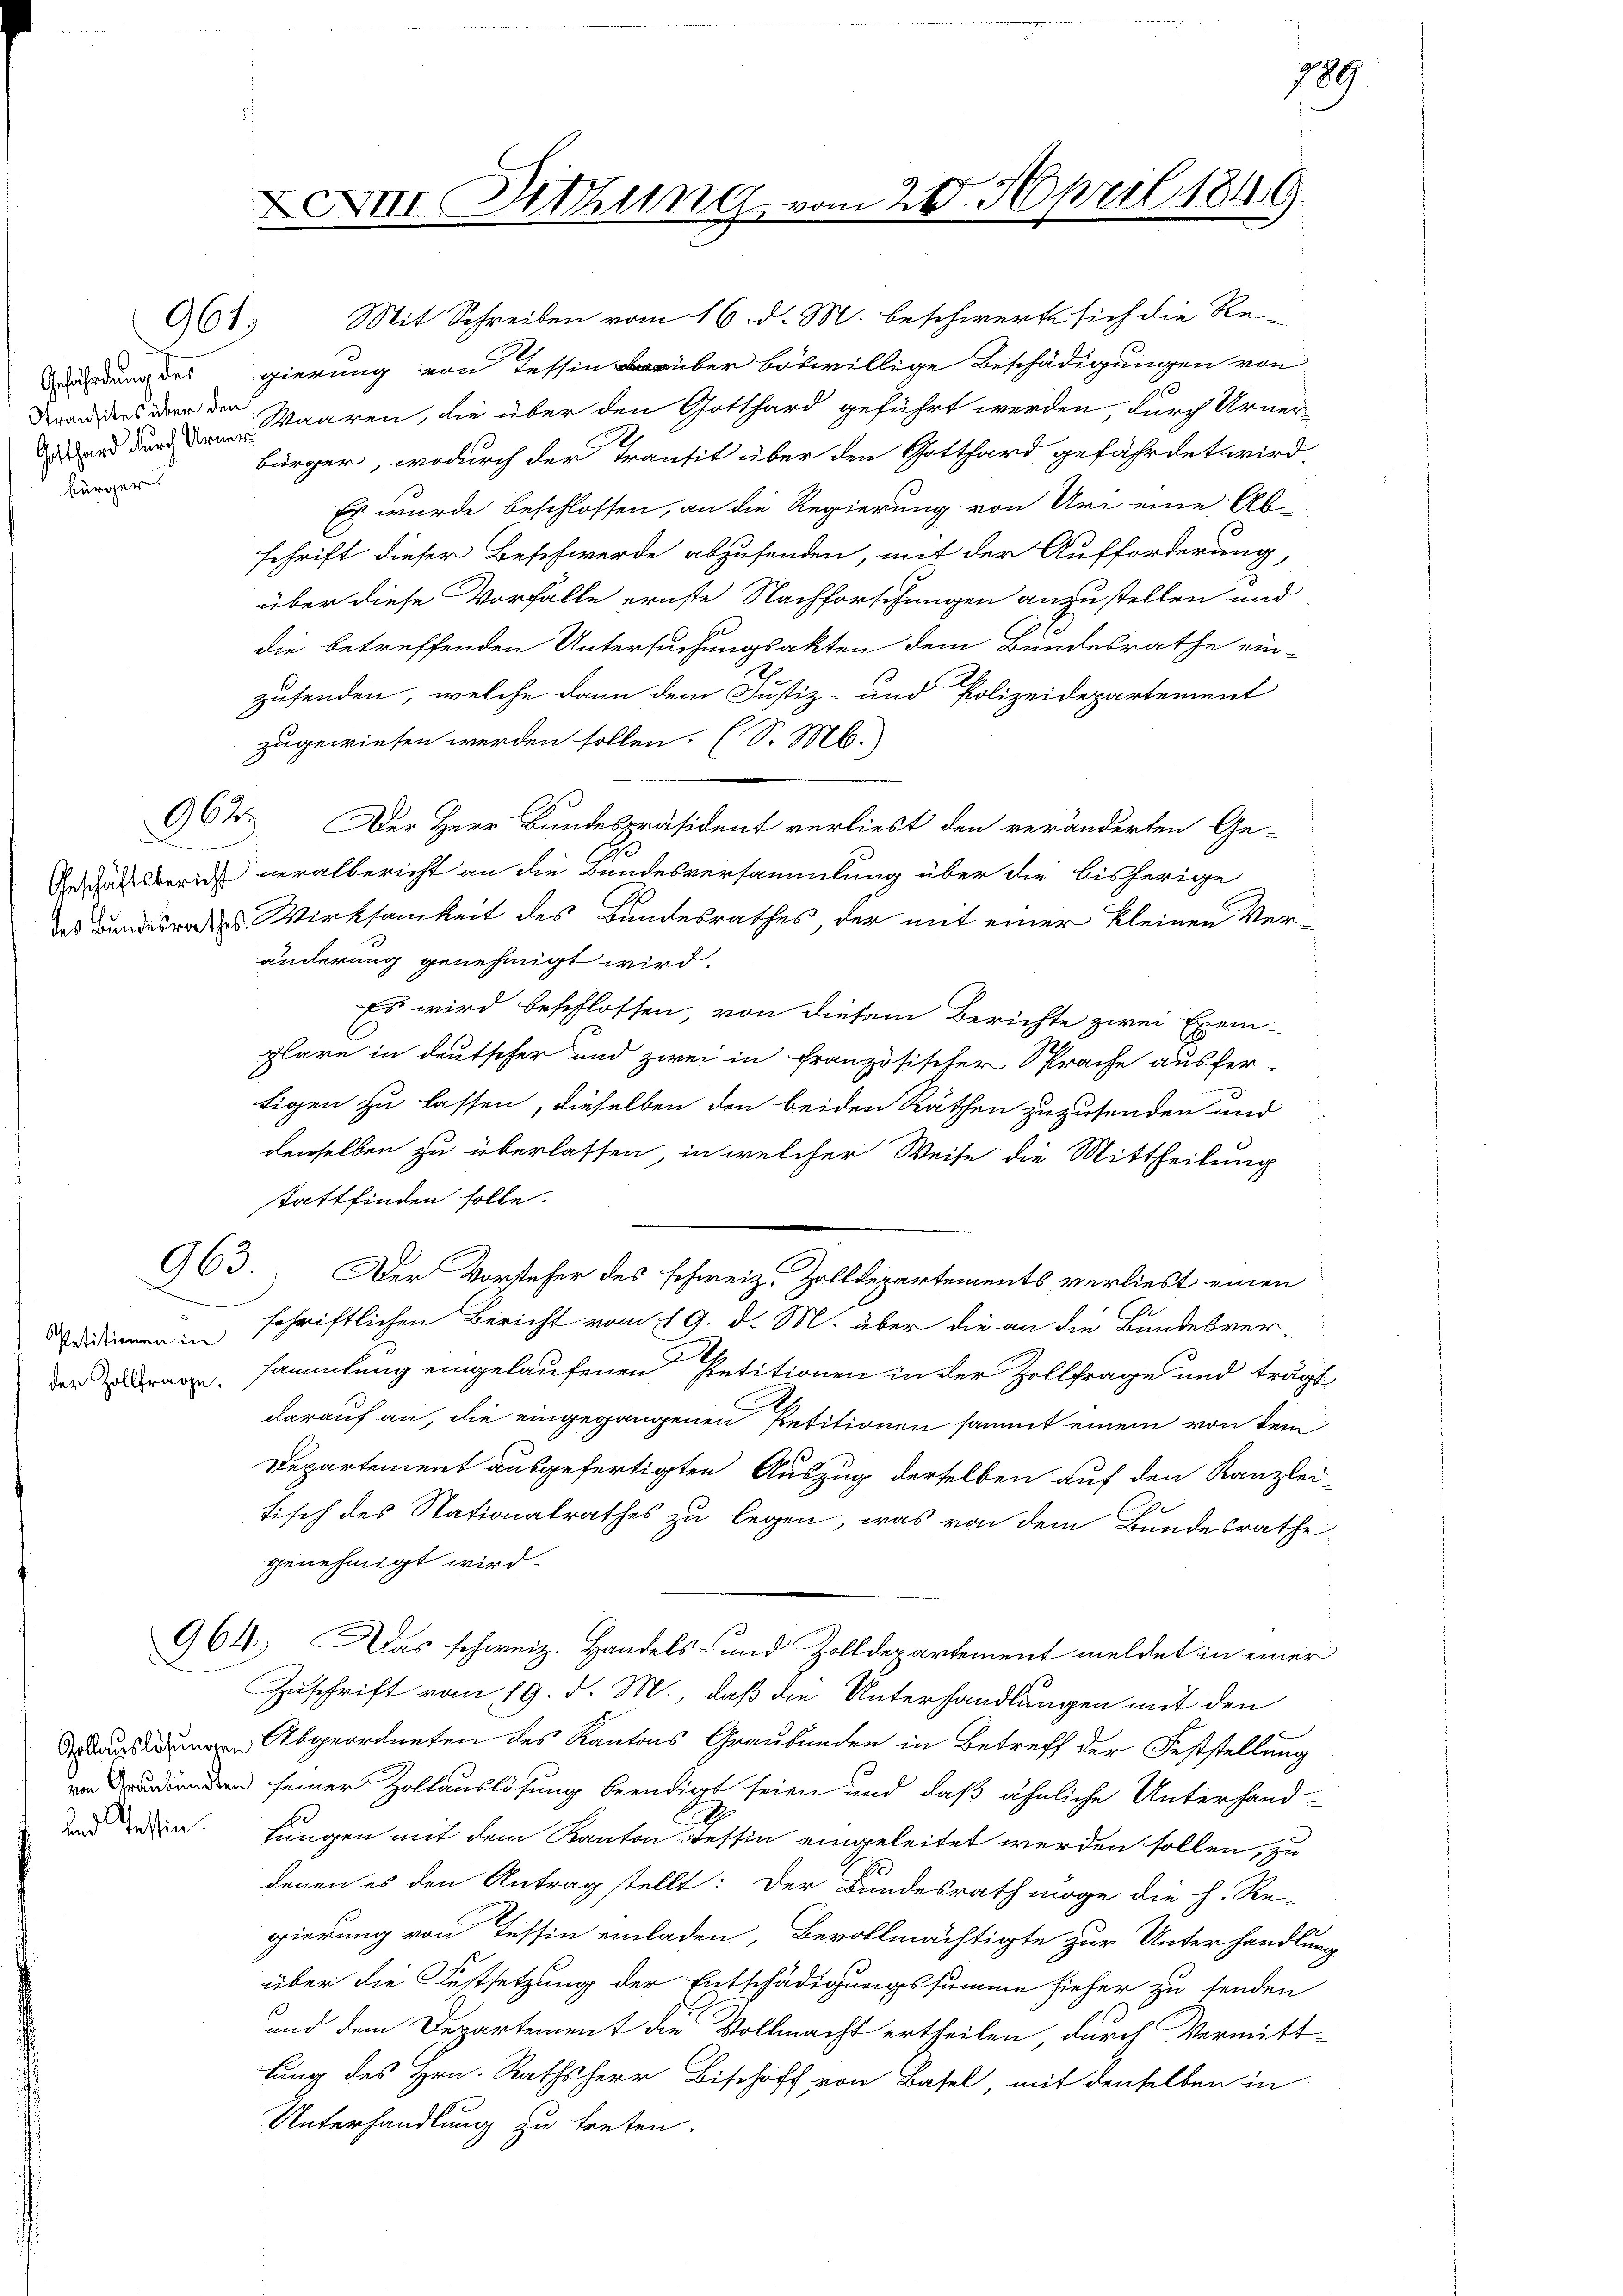
Atransites über den
bürger.

961.

PPetitionen in

Mit Schreiben vom 16. d. M. beschwerte sich die Reedung des gierung von Tessin darüber böswillige Beschädigungen von
Waaren, die über den Gotthard geführt werden, durch Urner-
bürger, wodurch der Transit über den Gotthard gefährdet wird.
Es wurde beschlossen, an die Regierung von Uri eine Ab-
schrift dieser Beschwerde abzusenden, mit der Aufforderung,
über diese Vorfalle ernste Nachforschungen anzustellen und
2
die betreffenden Untersuchungsakten dem Bundesrathe ein-
zusenden, welche dann dem Justiz- und Polizeidepartement
zugewiesen werden sollen. (S. M.
962. Der Herr Bundespräsident verliest den veränderten Ge-
Geschäftsbericht neralbericht an die Bundesversammlung über die bisherige
das Bundesredes Wirksamkeit des Bandesrathes, der mit einer kleinen Veränderung genehmigt wird.
Es wird beschlossen, von diesem Berichte zwei Exem-
plare in deutscher und zwei in französischer Sprache ausfer-
tigen zu lassen, dieselben den beiden Räthen zuzusenden und
denselben zu überlassen, in welcher Weise die Mittheilung
stattfinden solle.
963.
Der Vorsteher des schweiz. Zolldepartements verliest einen
schriftlichen Bericht vom 19. d. M. über die an die Bundesverersammlung eingelaufenen Petitionen in der Zollfrage und träg
darauf an, die eingegangenen Petitionen sammt einem von dem
Departement ausgefertigten Auszug derselben auf den Kanzlei
tisch des Nationalrathes zu legen, was von dem Bundesrathe
genehmigt wird.
964. Das schweiz. Handels- und Zolldepartement meldet in einer
Zuschrift vom 19. d. M., daß die Unterhandlungen mit den
 Abgeordneten des Kantons Graubünden in Betreff der Feststellung
von Bundenden seiner Zollauslösung beendigt seien und daß ähnliche Unterhandbe
dan ein Lungen mit dem Kanton Tessin eingeleitet werden sollen, zu
denen es den Antrag stellt: Der Bundesrath möge die h. Re-
gierung von Tessin einladen, Bevollmächtigte zur Unterhandlin
über die Festsetzung der Entschädigungssumme hieher zu senden
und dem Departement die Vollmacht ertheilen, durch Vermitt-
tung des Hrn. Rathsherr Bischoff von Basel, mit denselben in
Unterhandlung zu treten.

& XIII. Dittung vom 20. April 1849.

189